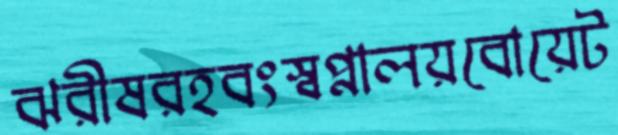
ঝরীষরহবংস্বপ্নালয়বোয়েট